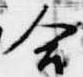
合